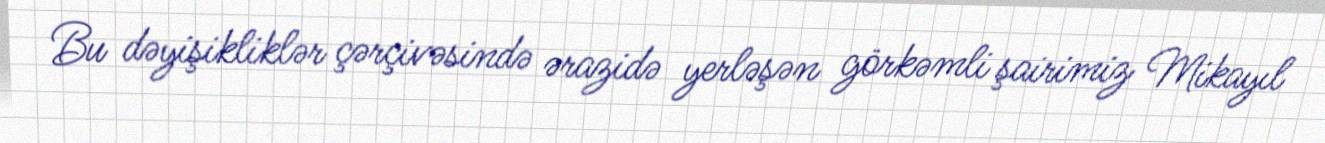
Bu dəyişikliklər çərçivəsində ərazidə yerləşən görkəmli şairimiz Mikayıl